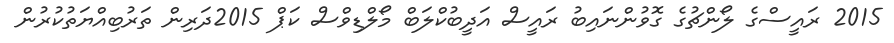
2015 ރައީސްގެ ލޯންޗުގެ ގޮވުންނައިބު ރައީސް އަދީބުކްލަބް މޯލްޑިވްސް ކަޕް 2015ދަރިން ތަރުބިއްޔަތުކުރުން